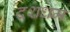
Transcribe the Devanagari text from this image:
दशधर्म